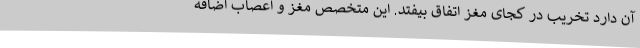
آن دارد تخریب در کجای مغز اتفاق بیفتد. این متخصص مغز و اعصاب اضافه